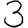
Digit: 3